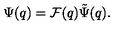
\Psi ( q ) = { \cal F } ( q ) \tilde { \Psi } ( q ) .